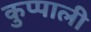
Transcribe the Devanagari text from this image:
कुप्पाली